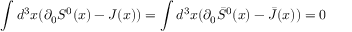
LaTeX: \int d ^ { 3 } x ( \partial _ { 0 } S ^ { 0 } ( x ) - J ( x ) ) = \int d ^ { 3 } x ( \partial _ { 0 } \bar { S } ^ { 0 } ( x ) - \bar { J } ( x ) ) = 0